Scottish Leaving Certificate Examination, 1959
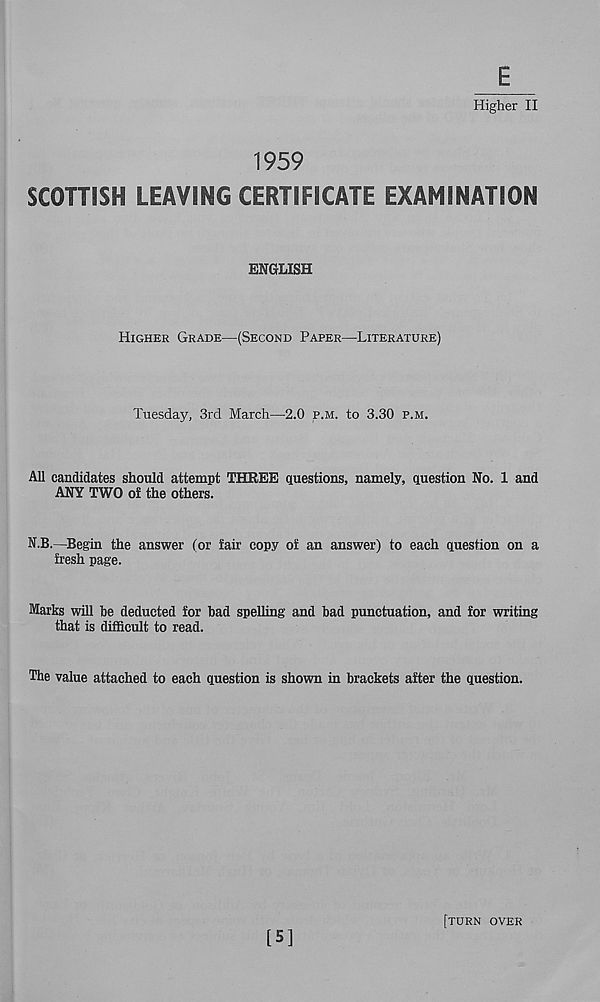
E
Higher II
1959
SCOTTISH LEAVING CERTIFICATE EXAMINATION
ENGLISH
HIGHER GRADE—(SECOND PAPER—LITERATURE)
Tuesday, 3rd March—2.0 P.M. to 3.30 P.M.
All candidates should attempt THREE questions, namely, question No. 1 and
ANY TWO of the others.
N.B.—Begin the answer (or fair copy of an answer) to each question on a
fresh page.
Marks will be deducted for bad spelling and bad punctuation, and for writing
that is difficult to read.
The value attached to each question is shown in brackets after the question.
[5]
[TURN OVER